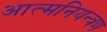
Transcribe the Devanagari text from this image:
आत्मनियन्त्रण